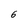
Character: 6